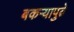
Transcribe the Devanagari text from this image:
बकऱ्यापुढे